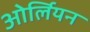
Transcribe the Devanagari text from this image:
ओर्लियन